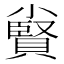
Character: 𡮷